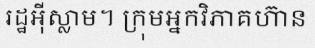
រដ្ឋអ៊ីស្លាម។ ក្រុមអ្នកវិភាគហ៊ាន